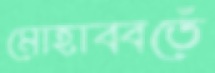
মোহাব্বতেঁ